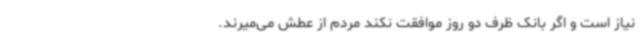
نیاز است و اگر بانک ظرف دو روز موافقت نکند مردم از عطش می‌میرند.